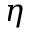
\eta